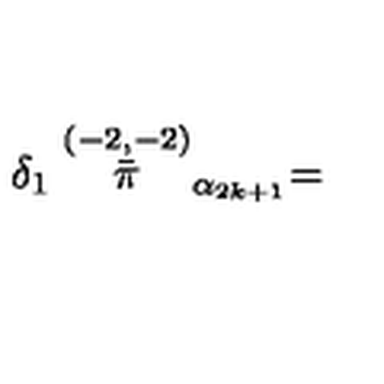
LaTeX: \delta _ { 1 } \stackrel { ( - 2 , - 2 ) } { \bar { \pi } } _ { \alpha _ { 2 k + 1 } } =